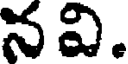
నవి.